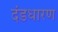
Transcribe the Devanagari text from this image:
दंडधारण